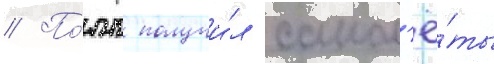
// По́лк получи́л самол'ё́ты